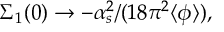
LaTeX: \Sigma _ { 1 } ( 0 ) \rightarrow - \alpha _ { s } ^ { 2 } / ( 1 8 \pi ^ { 2 } \langle \phi \rangle ) ,